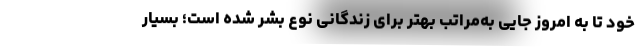
خود تا به امروز جایی به‌مراتب بهتر برای زندگانی نوع بشر شده است؛ بسیار